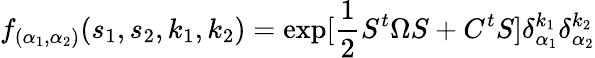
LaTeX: f_{(\alpha_{1},\alpha_{2})}(s_{1},s_{2},k_{1},k_{2})=\exp[\frac{1}{2}S^{t}\Omega S+C^{t}S]\delta_{\alpha_{1}}^{k_{1}}\delta_{\alpha_{2}}^{k_{2}}